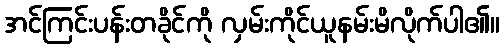
အင်ကြင်းပန်းတခိုင်ကို လှမ်းကိုင်ယူနမ်းမိလိုက်ပါ၏။